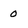
Character: 0